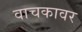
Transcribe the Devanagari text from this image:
वाचकावर